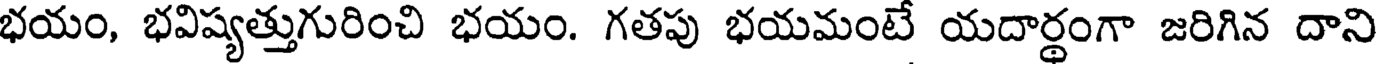
భయం, భవిష్యత్తుగురించి భయం. గతపు భయమంటే యదార్థంగా జరిగిన దాని